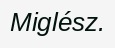
Miglész.